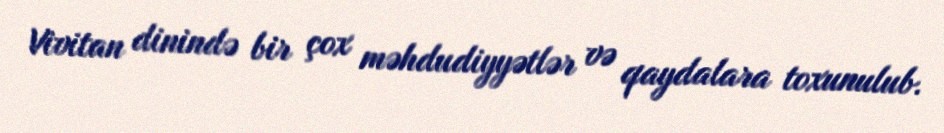
Vivitan dinində bir çox məhdudiyyətlər və qaydalara toxunulub.